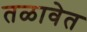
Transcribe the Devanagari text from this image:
तळावेत